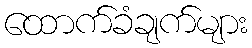
ထောက်ခံချက်များ